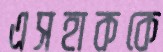
এসহাককে